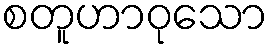
စတူဟာဝုသော